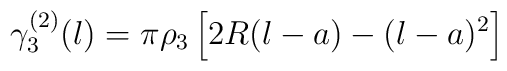
\gamma_{3}^{(2)}(l)=\pi{\rho_{3}}\left[2R(l-a)-(l-a)^{2}\right]